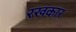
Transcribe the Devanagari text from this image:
रखकार